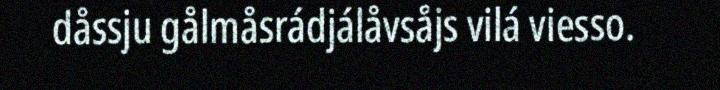
dåssju gålmåsrádjálåvsåjs vilá viesso.